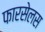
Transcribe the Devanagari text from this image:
फारसेलस